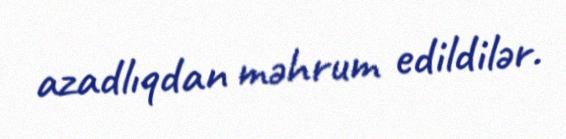
azadlıqdan məhrum edildilər.